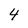
Character: 4